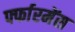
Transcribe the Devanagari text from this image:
र्फ्फारमेंस